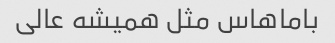
باماهاس مثل همیشه عالی